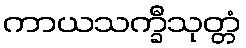
ကာယသက္ခီသုတ္တံ